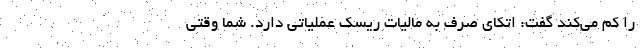
را کم می‌کند گفت: اتکای صرف به مالیات ریسک عملیاتی دارد. شما وقتی